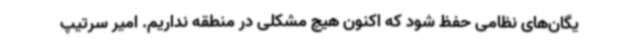
یگان‌های نظامی حفظ شود که اکنون هیچ مشکلی در منطقه نداریم. امیر سرتیپ